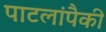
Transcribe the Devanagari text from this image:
पाटलांपैकी